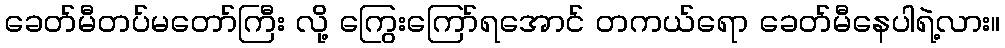
ခေတ်မီတပ်မတော်ကြီး လို့ ကြွေးကြော်ရအောင် တကယ်ရော ခေတ်မီနေပါရဲ့လား။